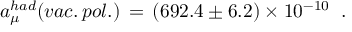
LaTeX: a _ { \mu } ^ { h a d } ( v a c . \, p o l . ) \, = \, ( 6 9 2 . 4 \pm 6 . 2 ) \times 1 0 ^ { - 1 0 } \; \; .